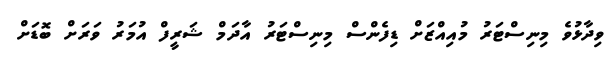
ވިދާޅުވެ މިނިސްޓަރު މުއިއްޒަށް ޑިފެންސް މިނިސްޓަރު އާދަމް ޝަރީފް އުމަރު ވަރަށް ބޮޑަށް